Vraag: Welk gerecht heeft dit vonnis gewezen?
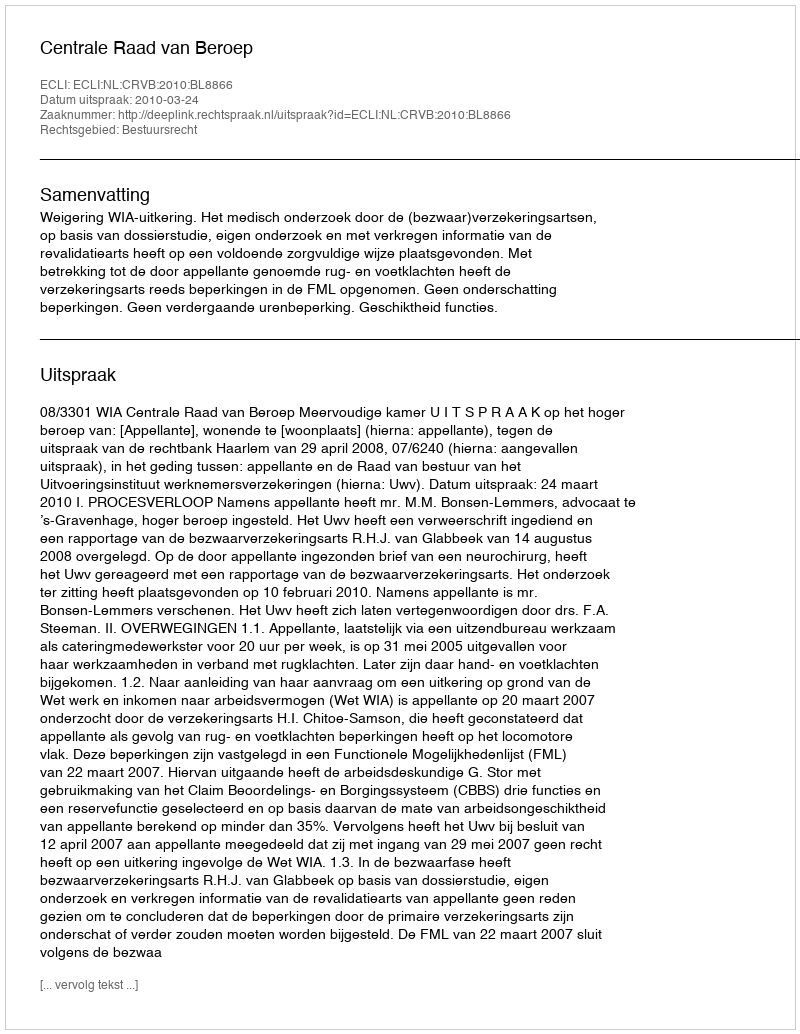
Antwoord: Centrale Raad van Beroep